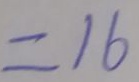
= 1 6